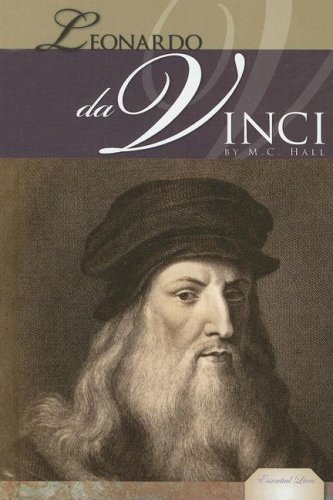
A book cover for Leonardo Da Vinci (Essential Lives); M. C. Hall; Teen & Young Adult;